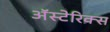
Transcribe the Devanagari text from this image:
अॅस्टेरिक्स